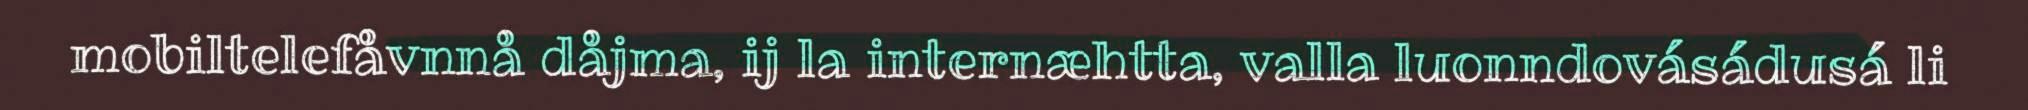
mobiltelefåvnnå dåjma, ij la internæhtta, valla luonndovásádusá li